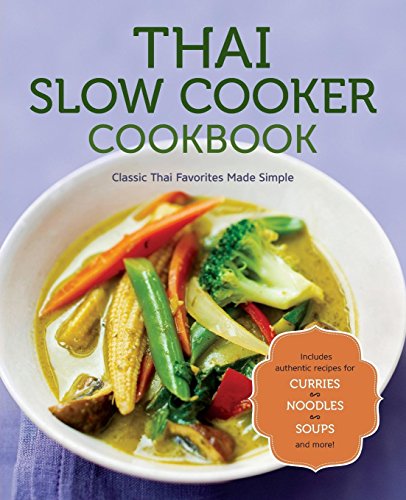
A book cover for Thai Slow Cooker Cookbook: Classic Thai Favorites Made Simple; Rockridge Press; Cookbooks, Food & Wine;